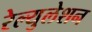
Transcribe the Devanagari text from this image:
रेल्युलेशन